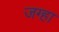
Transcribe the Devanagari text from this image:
जग्हा